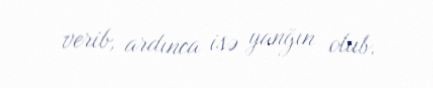
verib, ardınca isə yanğın olub.